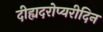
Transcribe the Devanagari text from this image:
दीह्यदरोप्यरीदिन